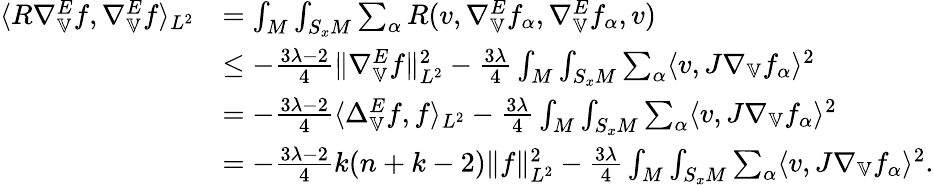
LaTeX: \begin{array}{rl}{\langle R\nabla_{\mathbb{V}}^{E}f,\nabla_{\mathbb{V}}^{E}f\rangle_{L^{2}}}&{=\int_{M}\int_{S_{x}M}\sum_{\alpha}R(v,\nabla_{\mathbb{V}}^{E}f_{\alpha},\nabla_{\mathbb{V}}^{E}f_{\alpha},v)}\\ &{\leq-\frac{3\lambda-2}{4}\| \nabla_{\mathbb{V}}^{E}f\| _{L^{2}}^{2}-\frac{3\lambda}{4}\int_{M}\int_{S_{x}M}\sum_{\alpha}\langle v,J\nabla_{\mathbb{V}}f_{\alpha}\rangle^{2}}\\ &{=-\frac{3\lambda-2}{4}\langle\Delta_{\mathbb{V}}^{E}f,f\rangle_{L^{2}}-\frac{3\lambda}{4}\int_{M}\int_{S_{x}M}\sum_{\alpha}\langle v,J\nabla_{\mathbb{V}}f_{\alpha}\rangle^{2}}\\ &{=-\frac{3\lambda-2}{4}k(n+k-2)\| f\| _{L^{2}}^{2}-\frac{3\lambda}{4}\int_{M}\int_{S_{x}M}\sum_{\alpha}\langle v,J\nabla_{\mathbb{V}}f_{\alpha}\rangle^{2}.}\end{array}